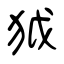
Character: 狘